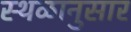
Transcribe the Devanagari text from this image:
स्थळानुसार